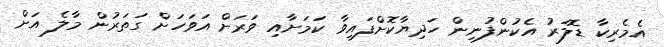
އެމެރިކާ ޑޮލަރު އެކުންފުނިން ހަދިޔާކޮށްފައިވާ ކަމަށާއި ވަަަރަށް އަވަހަށް ގަތަރުން މާލެ އަށް